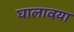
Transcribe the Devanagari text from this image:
घालावया